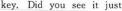
key. Did yau see it just